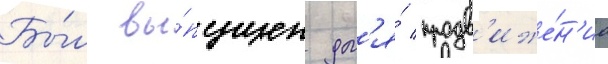
Бы́л вы́пущен дл'я́ продв'иже́н'иа